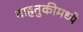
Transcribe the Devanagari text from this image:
वाहतुकीमध्ये